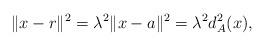
LaTeX: \begin{align*}\|x -r\|^2 =\lambda^2\|x -a\|^2 =\lambda^2d_A^2(x),\end{align*}